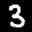
Label: 3